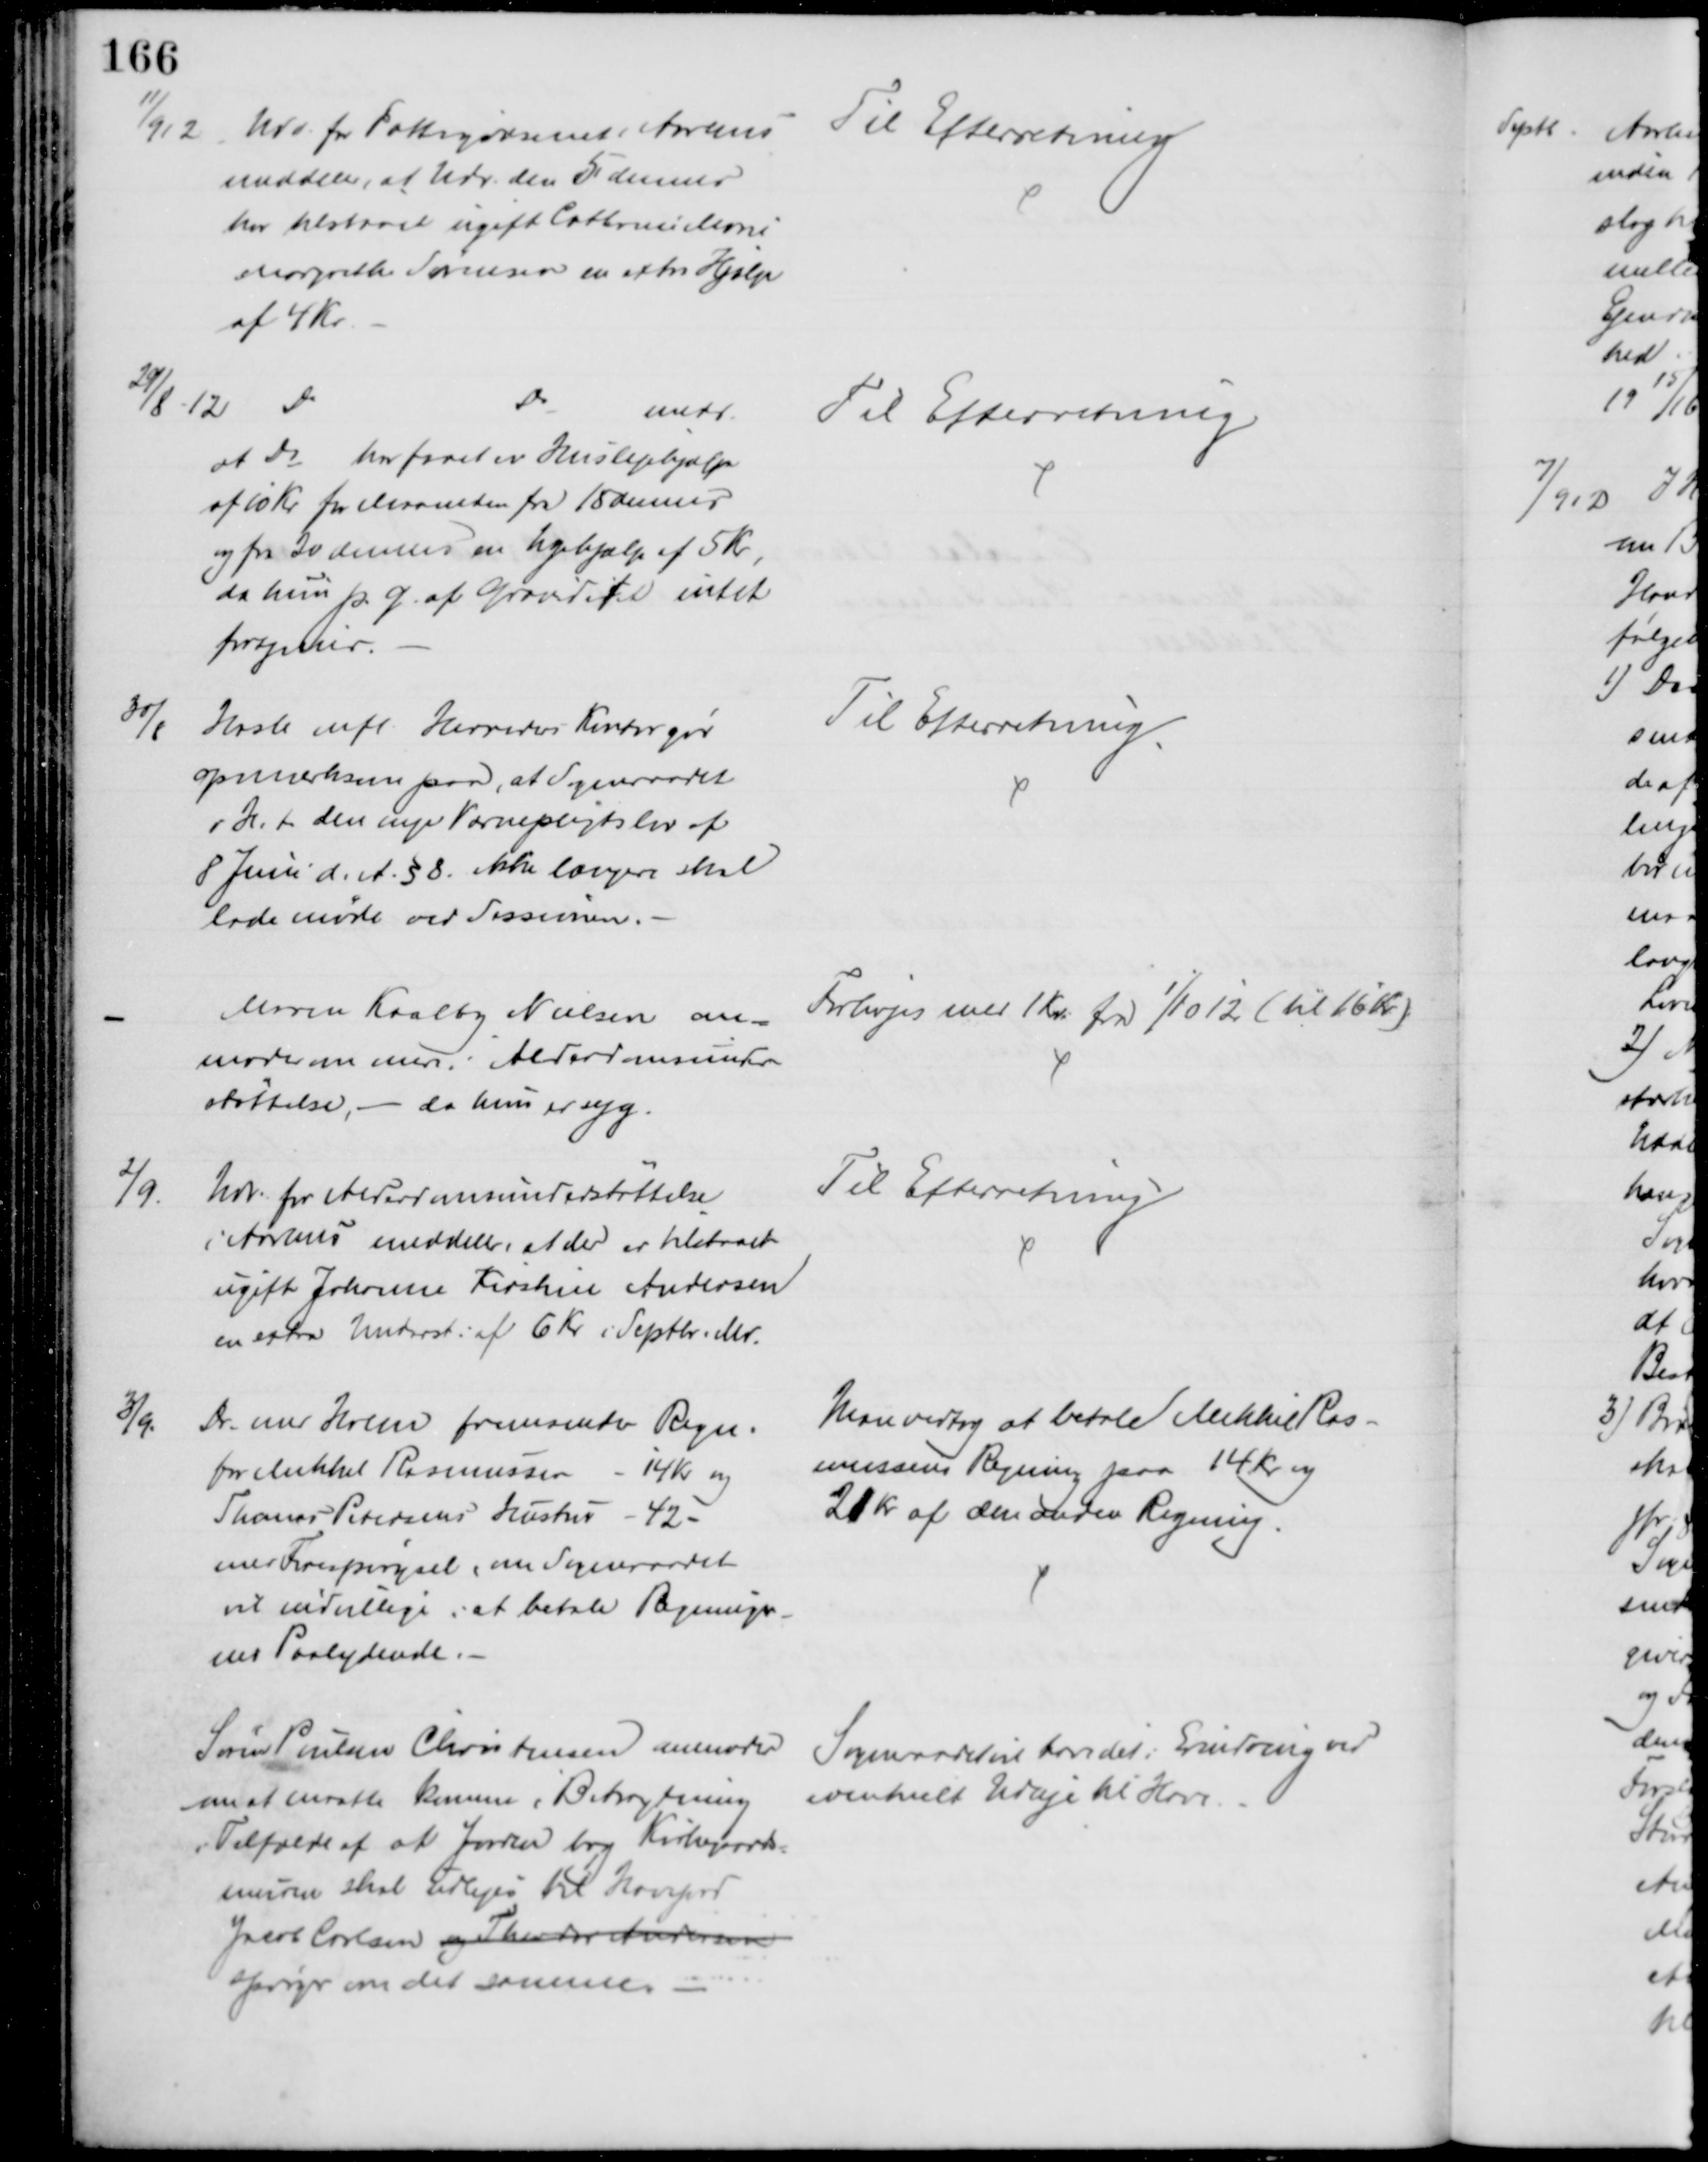
Transskription:
11/9 12
Udv. for Fattigvæsenet i Aarhus
meddeler, at Udv. den 5 dennes
har tilstaaet ugift Cathrine Marie
Margrethe Sørensen en extra Hjælp
af 4 Kr
Til Efterretning
29/8 12 
Do
Do
medd.
at Do har faaet en Huslejehjælp
af 10 Kr for Maaneden fra 15 dennes
og fra 20 dennes en Ugehjælp af 5 Kr,
da hun p. G. af Graviditet intet
fortjener.
Til Efterretning
30/8
Hasle mfl. Herreders Kontor gør
opmærksom paa, at Sogneraadet
i H.t den nye Værnepligtslov af
8 Juni d. A. § 8. ikke længere skal
lade møde ved Sessionen.
Til Efterretning.
Maren Kaalby Nielsen an=
moder om mere i Alderdomsunder
støttelse, - da hun er syg.
Forhøjes med 1 Kr. fra 1/10 12 (til 16 Kr.)
2/9.
Udv. for Alderdomsunderstøttelse
i Aarhus meddeler, at der er tilstaaet
ugift Johanne Kirstine Andersen
en extra Underst. af 6 Kr i Septbr. Md.
Til Efterretning
3/9.
Dr. med Holm fremsender Regn.
for Mikkel Rasmussen - 14 Kr og
Thomas Petersens Hustru - 42 -
med Forespørgsel, om Sogneraadet
vil indvillige i at betale Regninger-
nes Paalydende.
Man vedtog at betale Mikkel Ras-
mussens Regning paa 14 Kr og
21 Kr af den anden Regning.
Søren Poulsen Christensen anmoder
om at maatte komme i Betragtning
i Tilfælde af at Jorden bag Kirkegaards-
muren skal udlejes til Havejord
Jacob Carlsen og Thorvald Andersen
spørger om det samme. 
Sogneraadet har det i Erindring ved
eventuelt Udleje til Have